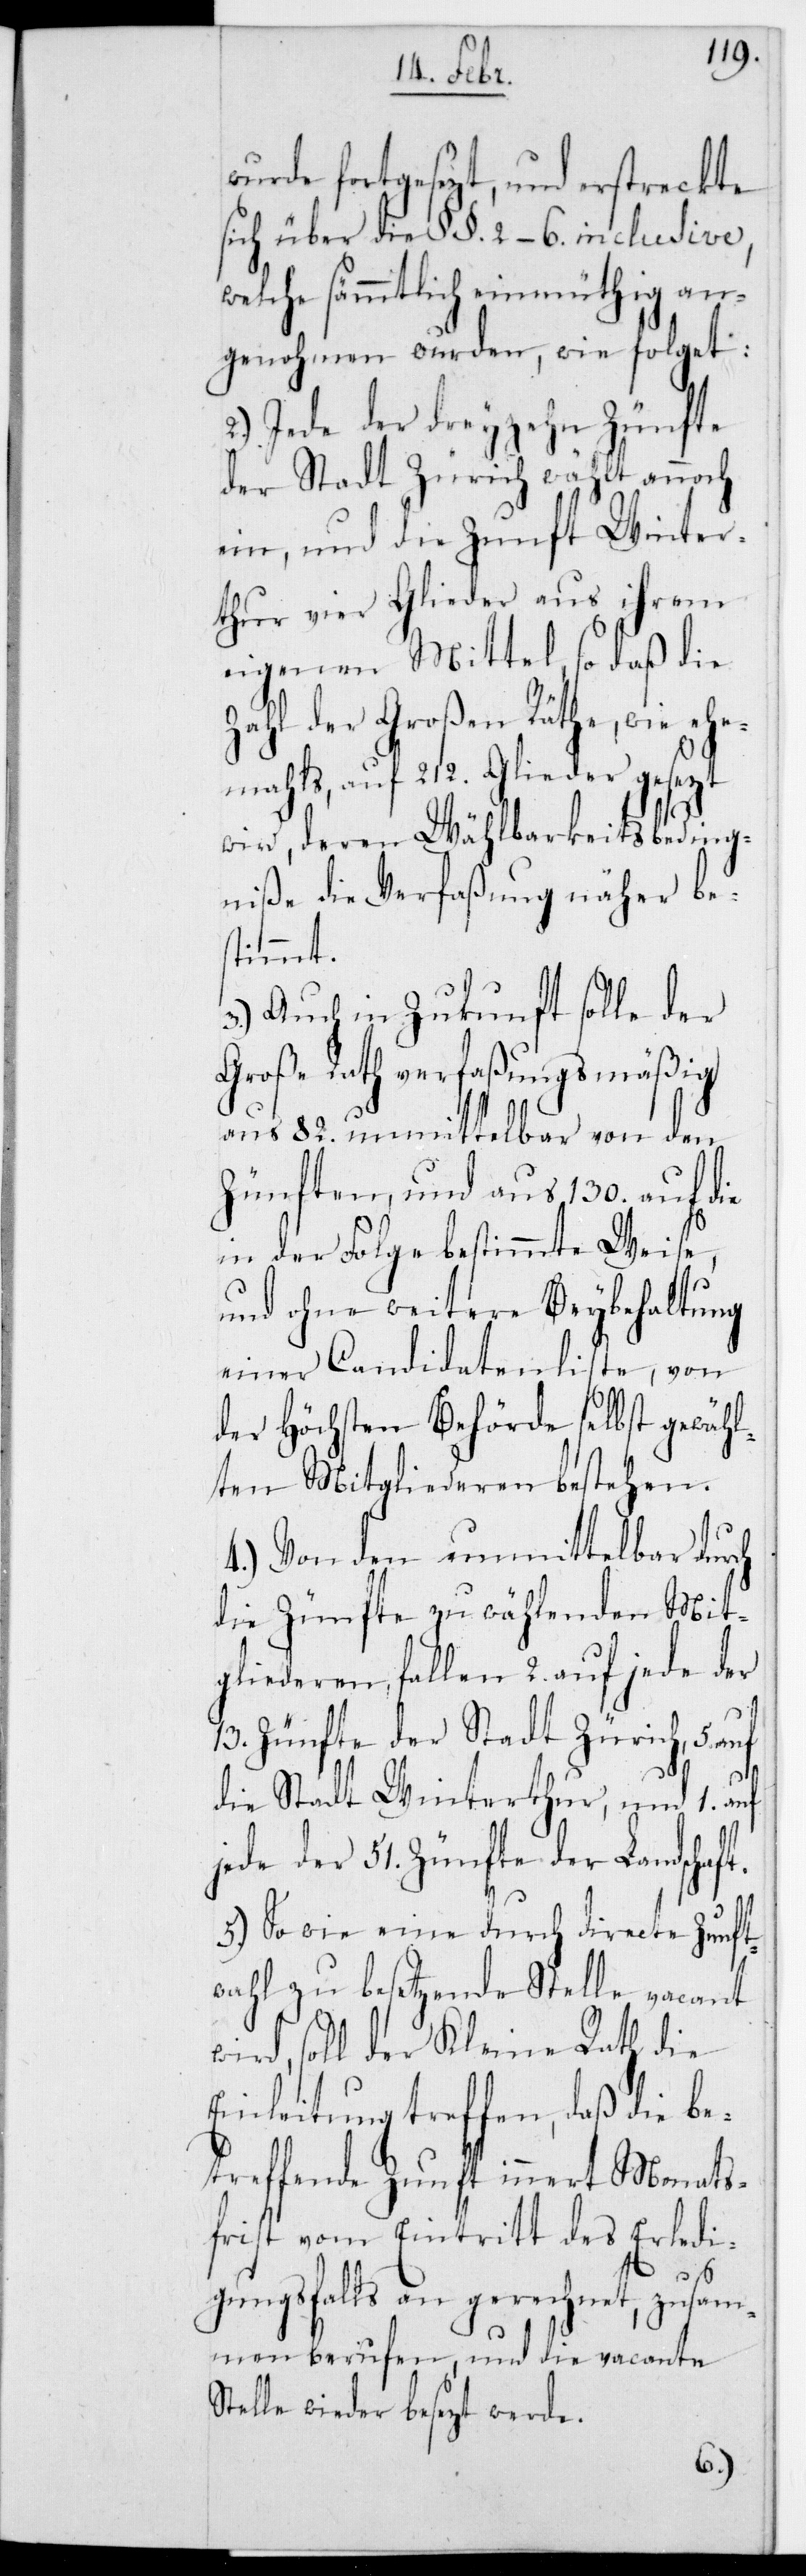
wurde fortgesezt und erstreckte
sich über die §§. 2–6. inclusive,
welche sämmtlich einmüthig an¬
genohmen wurden, wie folget:
2.) Jede der dreyzehn Zünfte
der Stadt Zürich wählt annoch
ein, und die Zunft Winter¬
thur vier Glieder aus ihrem
eigenen Mittel, so daß die
Zahl der Großen Räthe, wie ehe¬
mals, auf 212. Glieder gesezt
wird, deren Wählbarkeitsbeding¬
niße die Verfaßung näher be¬
stimmt.
3.) Auch in Zukunft solle der
Große Rath verfaßungsmäßig
aus 82. unmittelbar von den
Zünften, und aus 130. auf die
in der Folge bestimmte Weise,
und ohne weitere Beybehaltung
einer Candidatenliste, von
der höchsten Behörde selbst gewähl¬
ten Mitgliederen bestehen.
4.) Von den unmittelbar durch
die Zünfte zu wählenden Mit¬
gliederen, fallen 2. auf jede der
13. Zünfte der Stadt Zürich, 5.
die Stadt Winterthur und 1. auf
jede der 51. Zünfte der Landschaf¬
5.) So wie eine durch directe Zunft¬
wahl zu besetzende Stelle vacant
wird, soll der Kleine Rath die
Einleitung treffen, daß die be¬
treffende Zunft innert Monats¬
frist vom Eintritt des Erledi¬
gungsfalls an gerechnet, zusam¬
menberufen und die vacante
Stelle wieder besezt werde.
t.